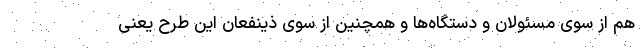
هم از سوی مسئولان و دستگاه‌ها و همچنین از سوی ذینفعان این طرح یعنی